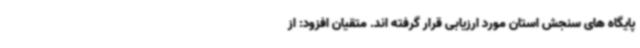
پایگاه های سنجش استان مورد ارزیابی قرار گرفته اند. متقیان افزود: از